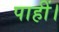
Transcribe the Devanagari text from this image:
पाहीं।